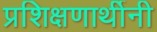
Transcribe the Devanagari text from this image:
प्रशिक्षणार्थीनी